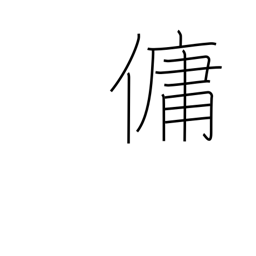
Meaning: employ